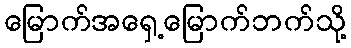
မြောက်အရှေ့မြောက်ဘက်သို့